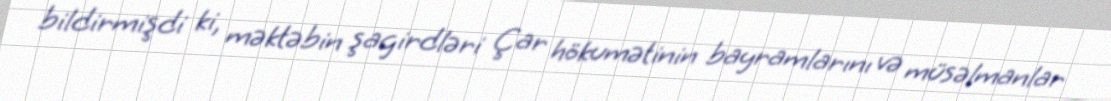
bildirmişdi ki, məktəbin şagirdləri Çar hökumətinin bayramlarını və müsəlmanlar